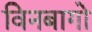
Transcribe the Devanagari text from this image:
विनबागो